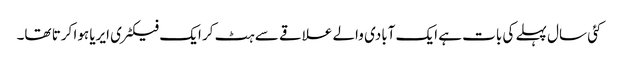
کئی سال پہلے کی بات ہے ایک آبادی والے علاقے سے ہٹ کر ایک فیکٹری ایریا ہوا کرتا تھا۔